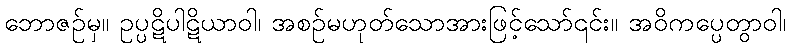
ဘောဇဉ်မှ။ ဥပ္ပဋိပါဋိယာဝါ၊ အစဉ်မဟုတ်သောအားဖြင့်သော်၎င်း။ အဝိကပ္ပေတွာဝါ၊